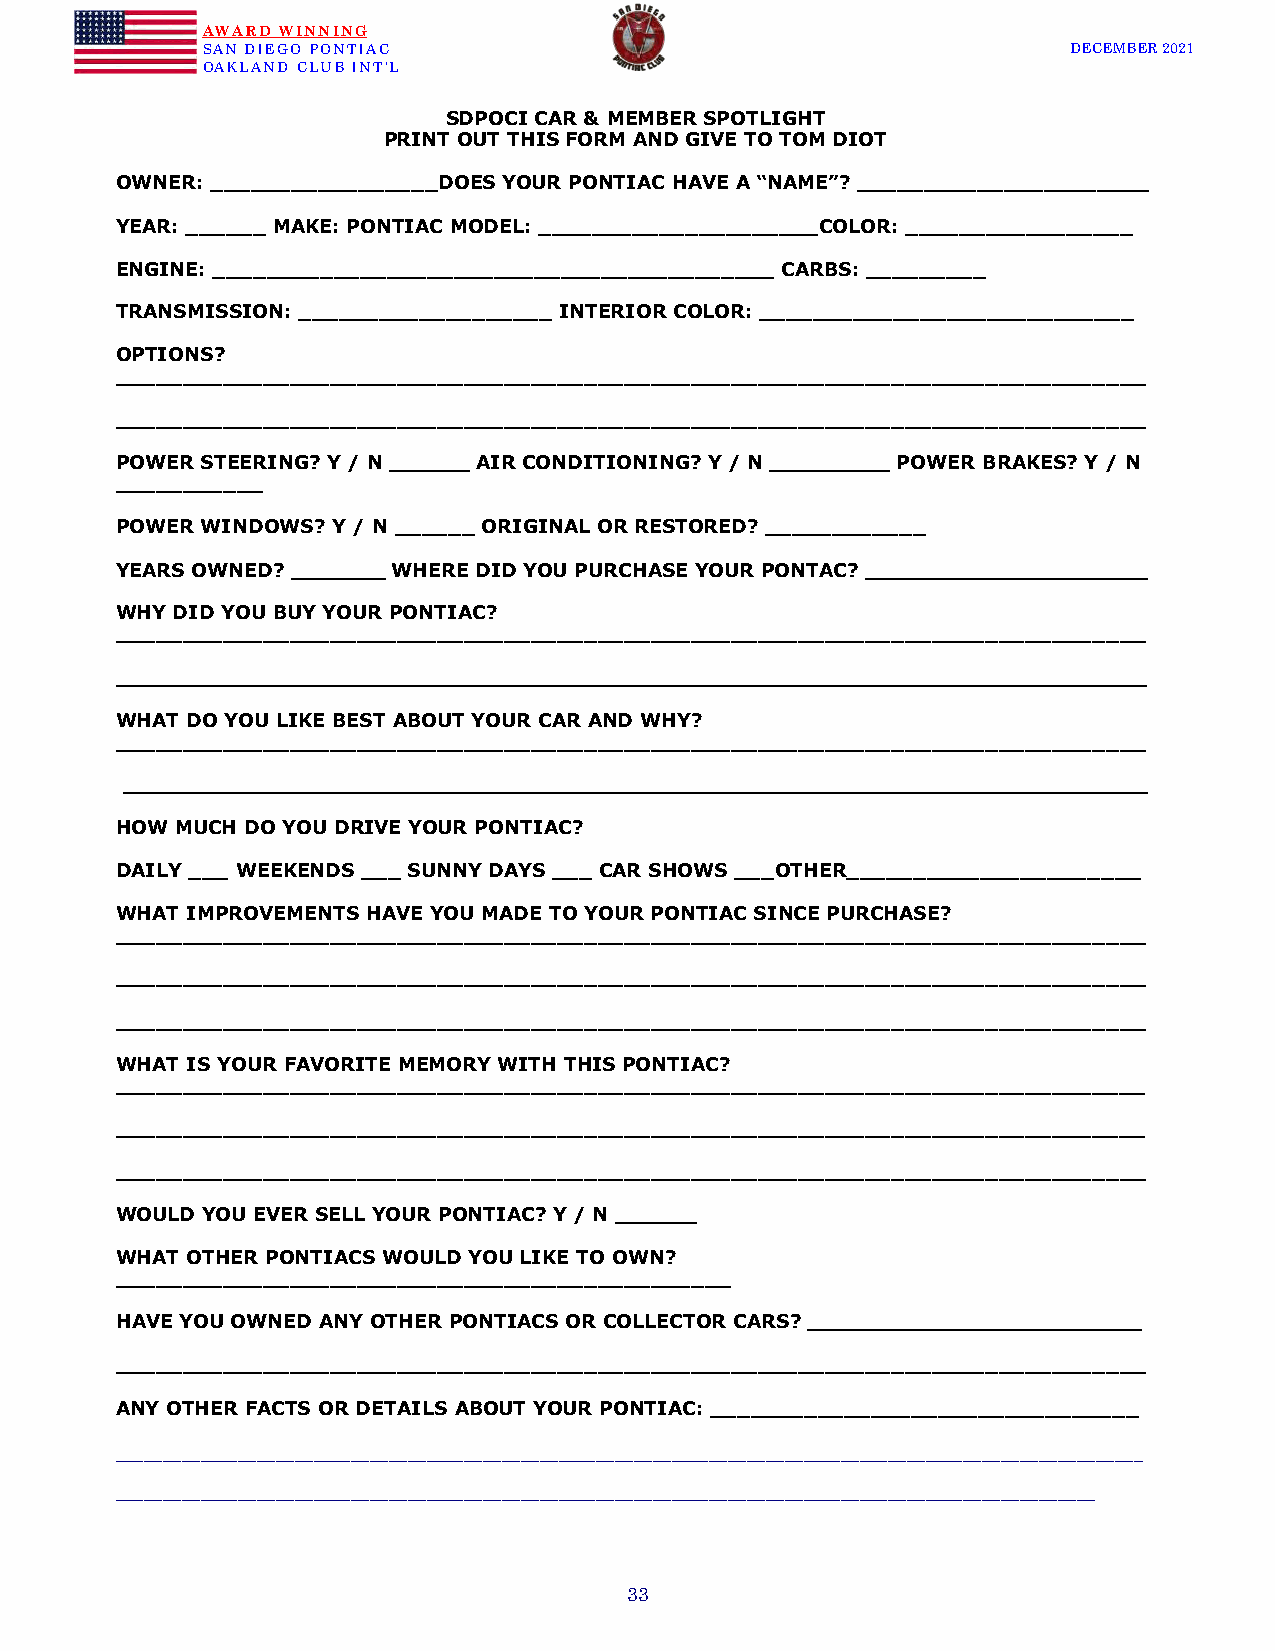
AWARD WINNING
 SAN DIEGO PONTIAC                                         DECEMBER 2021
 OAKLAND CLUB INT’L
 SDPOCI CAR & MEMBER SPOTLIGHT
 PRINT OUT THIS FORM AND GIVE TO TOM DIOT
 OWNER: _________________DOES YOUR PONTIAC HAVE A “NAME”? ______________________
 YEAR: ______ MAKE: PONTIAC MODEL: _____________________COLOR: _________________
 ENGINE: __________________________________________ CARBS: _________
 TRANSMISSION: ___________________ INTERIOR COLOR: ____________________________
 OPTIONS?
 _____________________________________________________________________________
 _____________________________________________________________________________
 POWER STEERING? Y / N ______ AIR CONDITIONING? Y / N _________ POWER BRAKES? Y / N
 ___________
 POWER WINDOWS? Y / N ______ ORIGINAL OR RESTORED? ____________
 YEARS OWNED? _______ WHERE DID YOU PURCHASE YOUR PONTAC? _____________________
 WHY DID YOU BUY YOUR PONTIAC?
 _____________________________________________________________________________
 _____________________________________________________________________________
 WHAT DO YOU LIKE BEST ABOUT YOUR CAR AND WHY?
 _____________________________________________________________________________
 _____________________________________________________________________________
 HOW MUCH DO YOU DRIVE YOUR PONTIAC?
 DAILY ___ WEEKENDS ___ SUNNY DAYS ___ CAR SHOWS ___OTHER______________________
 WHAT IMPROVEMENTS HAVE YOU MADE TO YOUR PONTIAC SINCE PURCHASE?
 _____________________________________________________________________________
 _____________________________________________________________________________
 _____________________________________________________________________________
 WHAT IS YOUR FAVORITE MEMORY WITH THIS PONTIAC?
 _____________________________________________________________________________
 _____________________________________________________________________________
 _____________________________________________________________________________
 WOULD YOU EVER SELL YOUR PONTIAC? Y / N ______
 WHAT OTHER PONTIACS WOULD YOU LIKE TO OWN?
 ______________________________________________
 HAVE YOU OWNED ANY OTHER PONTIACS OR COLLECTOR CARS? _________________________
 _____________________________________________________________________________
 ANY OTHER FACTS OR DETAILS ABOUT YOUR PONTIAC: ________________________________
 _____________________________________________________________________________________________________________
 ________________________________________________________________________________________________________
 BOOTS!
 33